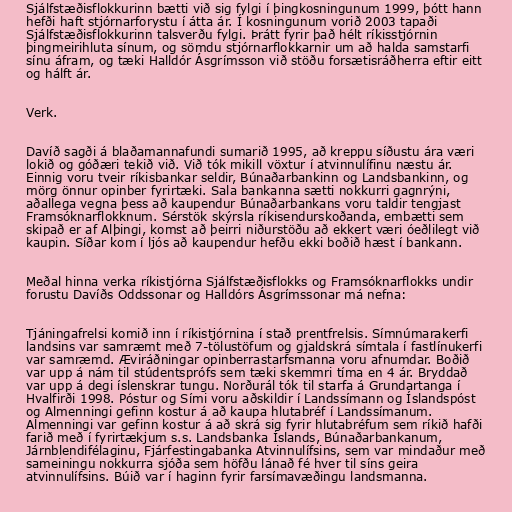
Sjálfstæðisflokkurinn bætti við sig fylgi í þingkosningunum 1999, þótt hann
hefði haft stjórnarforystu í átta ár. Í kosningunum vorið 2003 tapaði
Sjálfstæðisflokkurinn talsverðu fylgi. Þrátt fyrir það hélt ríkisstjórnin
þingmeirihluta sínum, og sömdu stjórnarflokkarnir um að halda samstarfi
sínu áfram, og tæki Halldór Ásgrímsson við stöðu forsætisráðherra eftir eitt
og hálft ár.

Verk.

Davíð sagði á blaðamannafundi sumarið 1995, að kreppu síðustu ára væri
lokið og góðæri tekið við. Við tók mikill vöxtur í atvinnulífinu næstu ár.
Einnig voru tveir ríkisbankar seldir, Búnaðarbankinn og Landsbankinn, og
mörg önnur opinber fyrirtæki. Sala bankanna sætti nokkurri gagnrýni,
aðallega vegna þess að kaupendur Búnaðarbankans voru taldir tengjast
Framsóknarflokknum. Sérstök skýrsla ríkisendurskoðanda, embætti sem
skipað er af Alþingi, komst að þeirri niðurstöðu að ekkert væri óeðlilegt við
kaupin. Síðar kom í ljós að kaupendur hefðu ekki boðið hæst í bankann.

Meðal hinna verka ríkistjórna Sjálfstæðisflokks og Framsóknarflokks undir
forustu Davíðs Oddssonar og Halldórs Ásgrímssonar má nefna:

Tjáningafrelsi komið inn í ríkistjórnina í stað prentfrelsis. Símnúmarakerfi
landsins var samræmt með 7-tölustöfum og gjaldskrá símtala í fastlínukerfi
var samræmd. Æviráðningar opinberrastarfsmanna voru afnumdar. Boðið
var upp á nám til stúdentsprófs sem tæki skemmri tíma en 4 ár. Bryddað
var upp á degi íslenskrar tungu. Norðurál tók til starfa á Grundartanga í
Hvalfirði 1998. Póstur og Sími voru aðskildir í Landssímann og Íslandspóst
og Almenningi gefinn kostur á að kaupa hlutabréf í Landssímanum.
Almenningi var gefinn kostur á að skrá sig fyrir hlutabréfum sem ríkið hafði
farið með í fyrirtækjum s.s. Landsbanka Íslands, Búnaðarbankanum,
Járnblendifélaginu, Fjárfestingabanka Atvinnulífsins, sem var mindaður með
sameiningu nokkurra sjóða sem höfðu lánað fé hver til síns geira
atvinnulífsins. Búið var í haginn fyrir farsímavæðingu landsmanna.